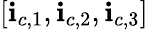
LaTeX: [\mathbf{i}_{c,1},\mathbf{i}_{c,2},\mathbf{i}_{c,3}]